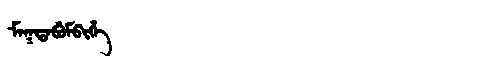
Manchu: ᠮᠠᡴᡨᠠᠪᡠᠮᠪᡳᡥᡝ
Romanization: MAKTABUMBIHE